Report on vaccination in Madras 1895-1903 - 1895-1903
Year: 1895
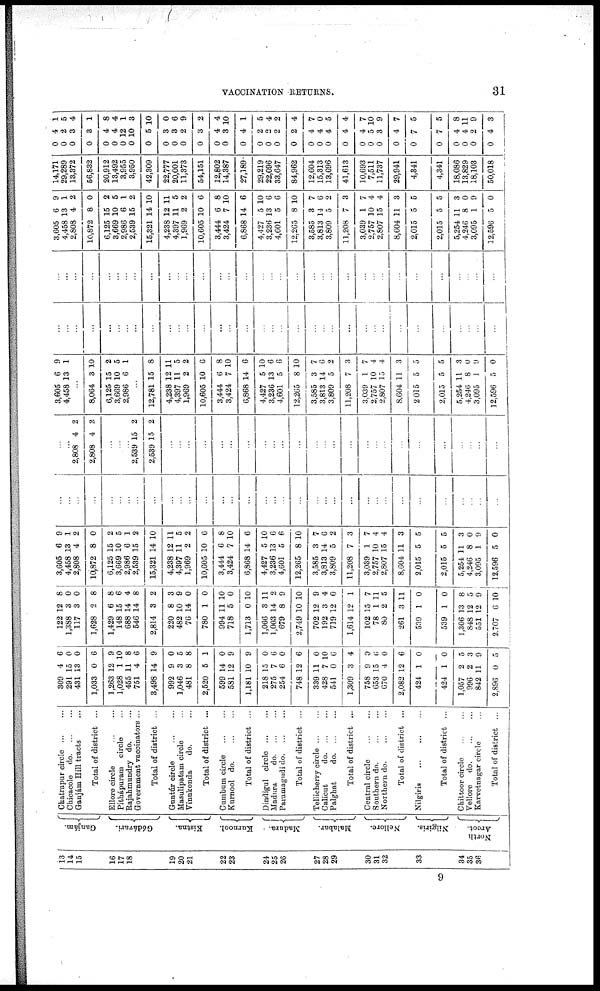
VACCINATION RETURNS.
31
13
14
15
16
17
18
19
20
21
22
23
24
25
26
27
28
29
30
31
32
33
34
35
36
Ganjám.
Gódávari.
Kistna.
Kurnool.
Madura.
Malabar.
Nellore.
Nilgiris.
North
Arcot.
Chatrapur circle... ...
Chicacole d
o
. ... ...
Ganjám Hill tracts...
Total of district ...
Ellore
circle...
...
Pithápuram circle...
Rajahmundry do. ...
Government vaccinators ...
Total of district ...
Guntúr circle ...
Masulipatam circle...
Vinukonda
do. ...
Total of district ...
Cumbum
circle...
...
Kurnool d
o
. ... ...
Total of district ...
Dindigul
circle... ...
Madura
d
o
. ... ...
Paramagudi d
o
. ... ...
Total of district ...
Tellicherry circle... ...
Calicut
d
o
. ... ...
Palghat
d
o
. ... ...
Total of district ...
Central circle
Southern do.
...
...
Northern do. ... ...
Total of district ...
Nilgiris... ... ...
Total of district ...
Chittoor circle... ...
Vellore do.
...
...
Karvetnagar circle...
Total of district ...
309
291
431
1,033
1,263
1,028
455
751
3,498
992
1,046
481
2,520
599
581
1,181
218
275
254
748
339
428
541
1,309
758
653
670
2,082
424
424
1,057
996
842
2,896
4
15
13
0
12
1
11
4
14
9
3
8
5
14
12
10
15
7
6
12
11
7
0
3
9
15
4
12
1
1
2
2
11
0
6
0
0
6
9
10
8
6
9
0
5
8
1
0
9
9
0
6
0
6
0
10
6
4
0
6
0
6
0
0
5
3
9
5
122
1,388
117
1,628
1,429
148
688
546
2,814
220
482
76
780
994
718
1,713
1,066
1,003
679
2,749
702
192
719
1,614
102
78
80
261
539
539
1,306
848
551
2,707
12
3
3
2
6
15
14
14
3
8
10
14
1
11
5
0
3
14
8
10
12
3
12
12
15
1
2
3
1
1
13
12
12
6
8
0
0
8
8
6
4
8
2
3
9
0
0
10
0
10
11
2
9
10
9
4
0
1
7
11
5
11
0
0
8
5
9
10
3,605
4,458
2,808
10,872
6,125
3,669
2,986
2,539
15,321
4,238
4,397
1,968
10,605
3,444
3,424
6,868
4,427
3,236
4,601
12,265
3,585
3,813
3,809
11,208
3,039
2,757
2,807
8,604
2,015
2,015
5,254
4,246
3,095
12,596
6
13
4
8
15
10
6
15
14
12
11
2
10
6
7
14
5
13
5
8
3
14
5
7
1
10
15
11
5
5
11
8
1
5
9
1
2
0
2
5
1
2
10
11
5
2
6
8
10
6
10
6
6
10
7
6
2
3
7
4
4
3
5
5
3
0
9
0
...
...
...
...
...
...
...
...
...
...
...
...
...
...
...
...
...
...
...
...
...
...
...
...
...
...
...
...
...
...
...
...
...
...
...
...
2,808
2,808
...
...
...
2,539
2,539
4
4
...
...
...
15
15
2
2
...
...
...
2
2
...
...
...
...
...
...
...
...
...
...
...
...
...
...
...
...
...
...
...
...
...
...
...
...
...
3,605
4,458
6
13
9
1
...
8,064
6,125
3,669
2,986
...
12,781
4,238
4,397
1,969
10,605
3,444
3,424
6,868
4,427
3,236
4,601
12,265
3,585
3,813
3,809
11,208
3,039
2,757
2,807
8,604
2 015
2,015
5,254
4,246
3,095
12,596
3
15
10
6
...
15
12
11
2
10
6
7
14
5
13
5
8
3
14
5
7
1
10
15
11
5
5
11
8
1
5
10
2
5
1
...
8
11
5
2
6
8
10
6
10
6
6
10
7
6
2
3
7
4
4
3
5
5
3
0
9
0
...
...
...
...
...
...
...
...
...
...
...
...
...
...
...
...
...
...
...
...
...
...
...
...
...
...
...
...
...
...
...
...
...
...
...
...
...
...
...
...
...
...
...
...
...
...
...
...
...
...
...
...
...
...
...
...
...
...
...
...
...
...
...
...
...
...
...
...
3,605
4,458
2,808
10,872
6,125
3,669
2,986
2,539
15,321
4,238
4,397
1,969
10,605
3,444
3,424
6,868
4,427
3,236
4,601
12,265
3,585
3,813
3,809
11,208
3,039
2,757
2,807
8,604
2,015
2,015
5,254
4,246
3,095
12,596
6
13
4
8
15
10
6
15
14
12
11
2
10
6
7
14
5
13
5
8
3
14
5
7
1
10
15
11
5
5
11
8
1
5
9
1
2
0
2
5
1
2
10
11
5
2
6
8
10
6
10
6
6
10
7
6
2
3
7
4
4
3
5
5
3
0
9
0
14,171
29,289
13,372
56,832
20,912
13,492
3,955
3,950
42,309
22,777
20,001
11,373
54,151
12,802
14,387
27,189
29,219
22,096
33,647
84,962
12,604
15,313
13,696
41,613
10,693
7,511
11,737
29,941
4,341
4,341
18,086
13,829
18,103
50,018
0
0
0
0
0
0
0
0
0
0
0
0
0
0
0
0
0
0
0
0
0
0
0
0
0
0
0
0
0
0
0
0
0
0
4
2
3
3
4
4
12
10
5
3
3
2
3
4
3
4
2
2
2
2
4
4
4
4
4
5
3
4
7
7
4
4
2
4
1
5
4
1
8
4
1
3
10
0
6
9
2
4
10
1
5
4
2
4
7
0
5
4
7
10
9
7
5
5
8
11
9
3
9